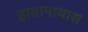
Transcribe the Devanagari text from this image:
हातापायास